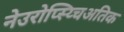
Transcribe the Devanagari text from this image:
नेउरोप्स्य्चिअतिक